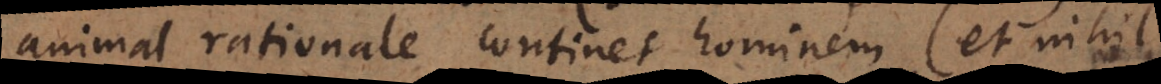
animal rationale continet hominem (et nihil